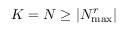
K = N \geq | N _ { \operatorname* { m a x } } ^ { r } |